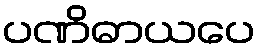
ပဏိဓာယပေ